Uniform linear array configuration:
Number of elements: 32
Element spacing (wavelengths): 0.25
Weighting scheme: blackman
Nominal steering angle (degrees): -15
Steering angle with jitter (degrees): -13.967
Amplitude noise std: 0.05
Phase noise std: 0.05

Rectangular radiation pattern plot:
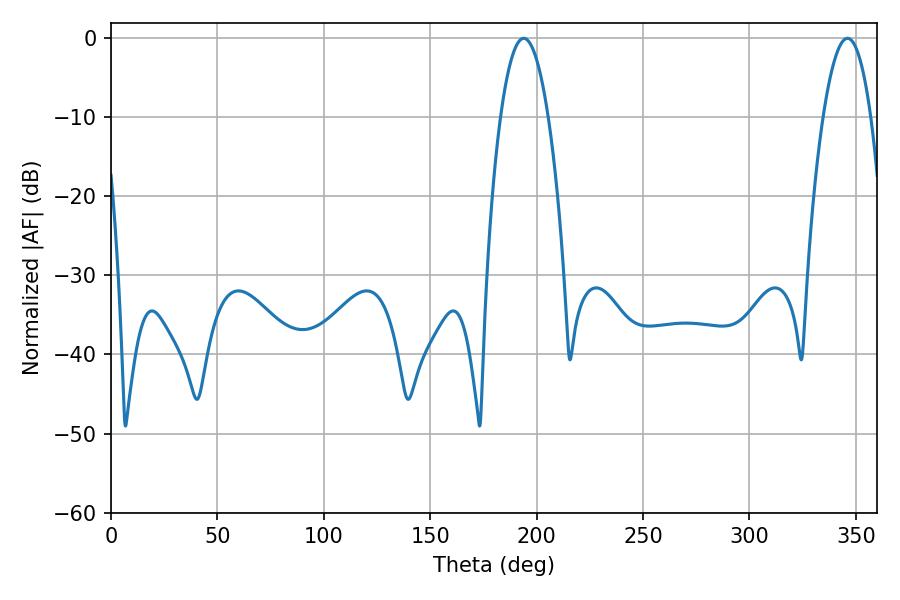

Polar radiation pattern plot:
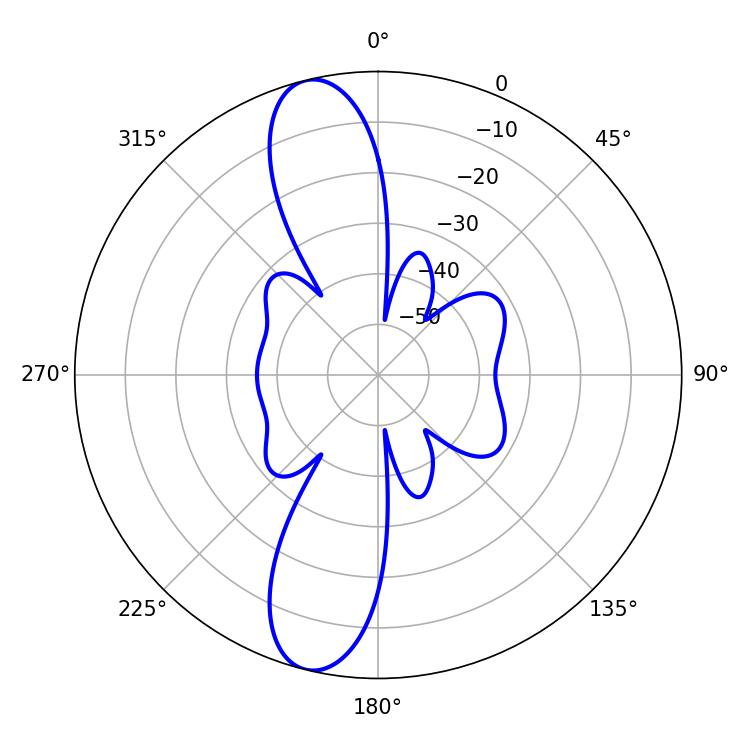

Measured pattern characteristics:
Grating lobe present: FALSE
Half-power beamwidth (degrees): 12.24
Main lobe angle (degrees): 193.86